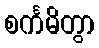
စင်္ကမိတွာ